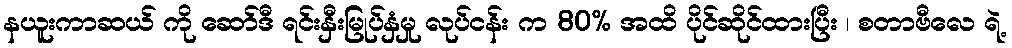
နယူးကာဆယ် ကို ဆော်ဒီ ရင်းနှီးမြုပ်နှံမှု လုပ်ငန်း က 80% အထိ ပိုင်ဆိုင်ထားပြီး ၊ စတာဗီလေ ရဲ့